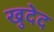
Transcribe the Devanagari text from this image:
खुदेद